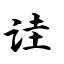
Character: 诖